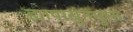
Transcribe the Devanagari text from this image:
ह्यापासूनमुक्त